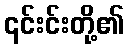
၎င်းင်းတို့၏